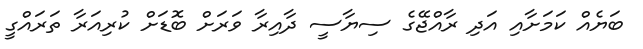
ބަޔެއް ކަމަށާއި އަދި ރާއްޖޭގެ ސިޔާސީ ދާއިރާ ވަރަށް ބޮޑަށް ކުރިއަރާ ތަރައްގީ